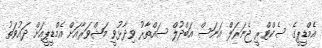
އެމްޑީޕީގެ ސެކްޓްރީ ޖެނަރަލް އަނަސް އަބްދުލް ސައްތާރު ވިދާޅުވީ މަޝްވަރާއަށް އެމްޑީޕީއަށް ދައުވަތު